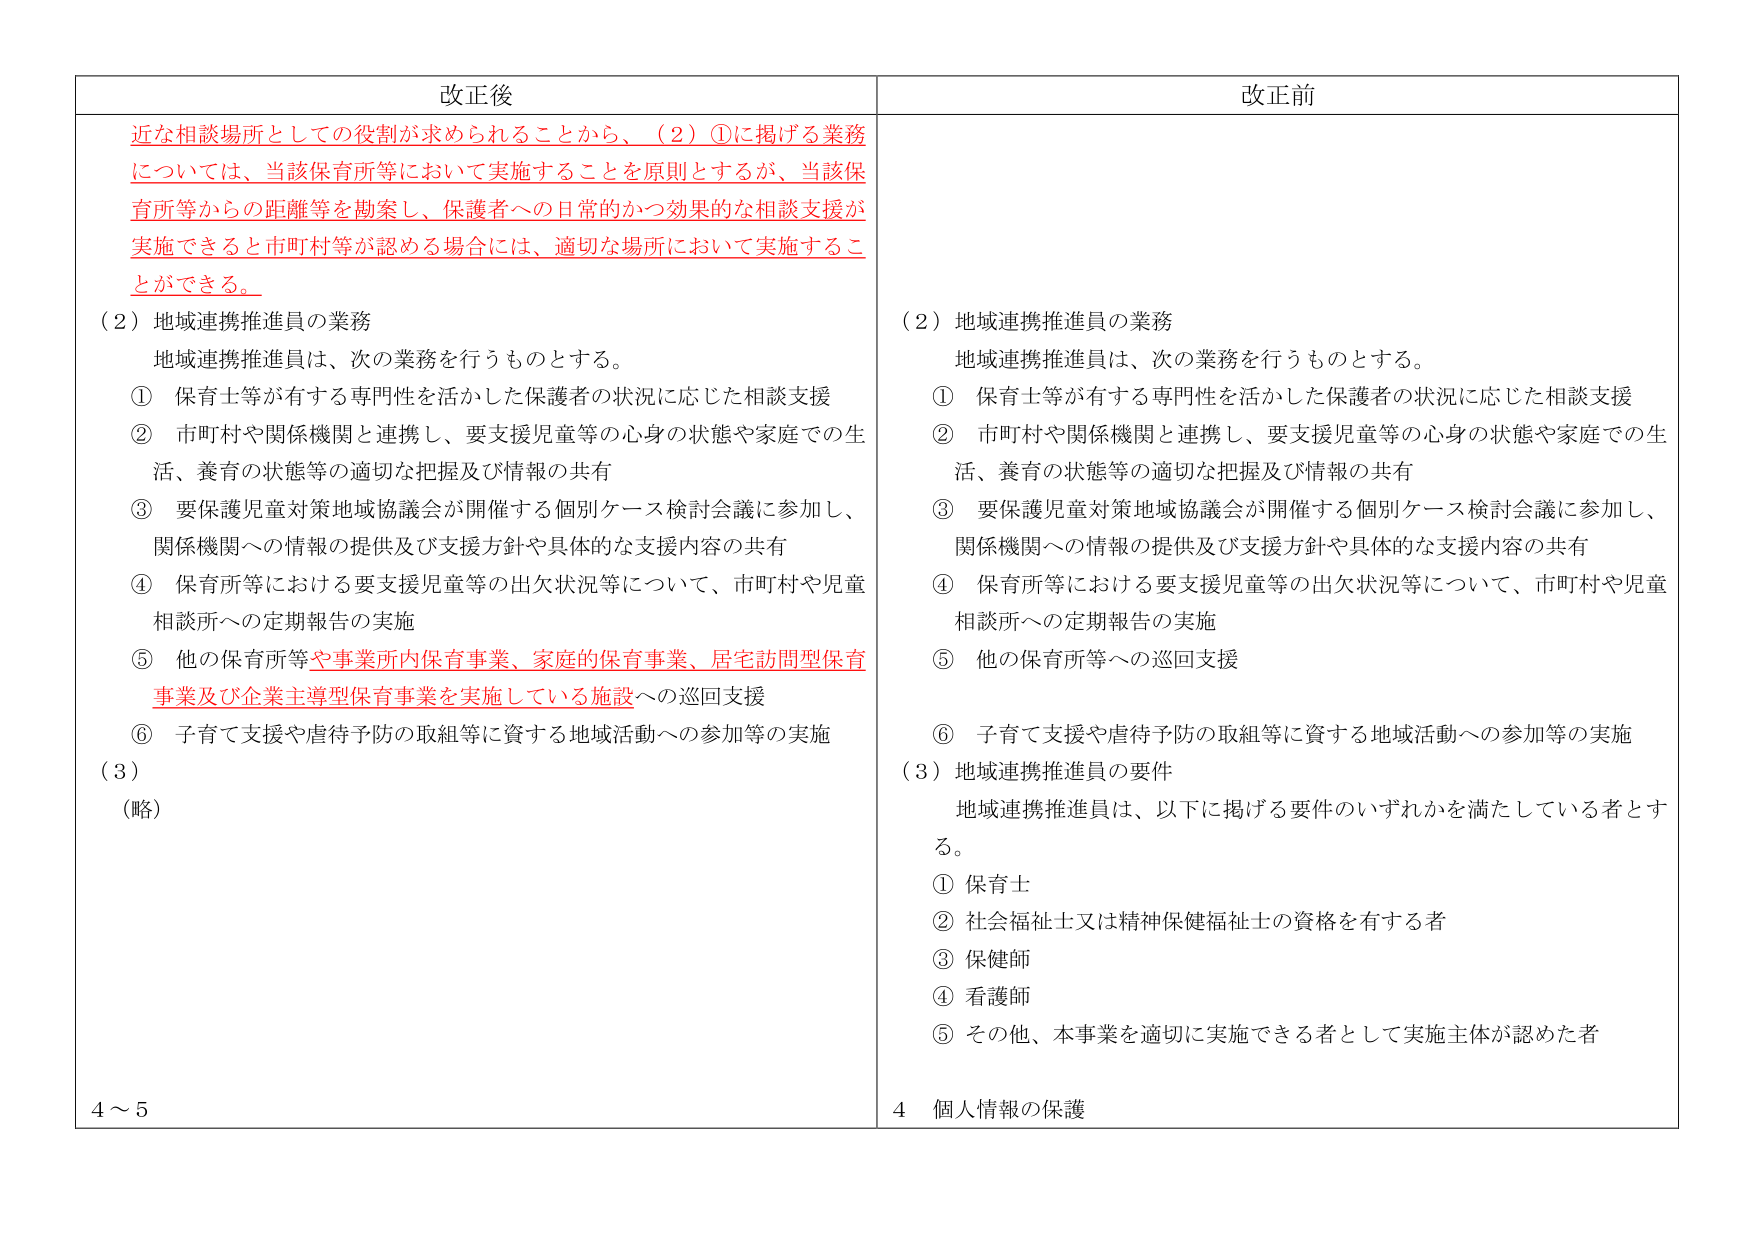
改正後
近な相談場所としての役割が求められることから、（2）①に掲げる業務については、当該保育所等において実施することを原則とするが、当該保育所等からの距離等を勘案し、保護者への日常的かつ効果的な相談支援が実施できると市町村等が認める場合には、適切な場所において実施することができる。
（2）地域連携推進員の業務
地域連携推進員は、次の業務を行うものとする。
① 保育士等が有する専門性を活かした保護者の状況に応じた相談支援
② 市町村や関係機関と連携し、要支援児童等の心身の状態や家庭での生活、養育の状態等の適切な把握及び情報の共有
③ 要保護児童対策地域協議会が開催する個別ケース検討会議に参加し、関係機関への情報の提供及び支援方針や具体的な支援内容の共有
④ 保育所等における要支援児童等の出欠状況等について、市町村や児童相談所への定期報告の実施
⑤ 他の保育所等や事業所内保育事業、家庭的保育事業、居宅訪問型保育事業及び企業主導型保育事業を実施している施設への巡回支援
⑥ 子育て支援や虐待予防の取組等に資する地域活動への参加等の実施
（3）
（略）
4～5

改正前
（2）地域連携推進員の業務
地域連携推進員は、次の業務を行うものとする。
① 保育士等が有する専門性を活かした保護者の状況に応じた相談支援
② 市町村や関係機関と連携し、要支援児童等の心身の状態や家庭での生活、養育の状態等の適切な把握及び情報の共有
③ 要保護児童対策地域協議会が開催する個別ケース検討会議に参加し、関係機関への情報の提供及び支援方針や具体的な支援内容の共有
④ 保育所等における要支援児童等の出欠状況等について、市町村や児童相談所への定期報告の実施
⑤ 他の保育所等への巡回支援
⑥ 子育て支援や虐待予防の取組等に資する地域活動への参加等の実施
（3）地域連携推進員の要件
地域連携推進員は、以下に掲げる要件のいずれかを満たしている者とする。
① 保育士
② 社会福祉士又は精神保健福祉士の資格を有する者
③ 保健師
④ 看護師
⑤ その他、本事業を適切に実施できる者として実施主体が認めた者
4 個人情報の保護